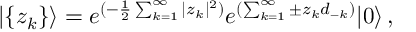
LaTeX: | \{ z _ { k } \} \rangle = e ^ { ( - \frac { 1 } { 2 } \sum _ { k = 1 } ^ { \infty } | z _ { k } | ^ { 2 } ) } e ^ { ( \sum _ { k = 1 } ^ { \infty } \pm z _ { k } d _ { - k } ) } | 0 \rangle \, ,